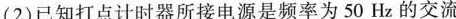
(2)已知打点计时器所接电源是频率为50Hz的交流